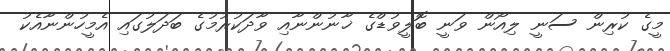
މީގެ ކުރިން ސަނީ ލިއޯން ވަނީ ބޮލީވުޑްގެ ޚާނުންނާއި ވާދަކުރުމުގެ ބަދަލުގައި އެމީހުންނާއެކު